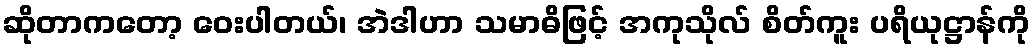
ဆိုတာကတော့ ဝေးပါတယ်၊ အဲဒါဟာ သမာဓိဖြင့် အကုသိုလ် စိတ်ကူး ပရိယုဋ္ဌာန်ကို